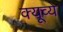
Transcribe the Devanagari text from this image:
क्यूव्ये